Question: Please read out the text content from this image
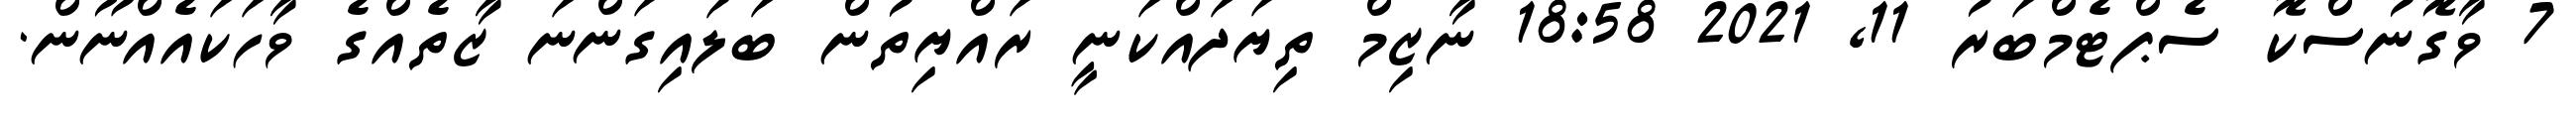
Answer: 7 ވާގޮނުސްކޮ ސެޕްޓެމްބަރު 11, 2021 18:58 ނާޒިމް ތިޔަދައްކަނީ ރައްޔިތުން ބަލައިގަންނަ ޒާތެއްގެ ވާހަކައެއްނޫން.